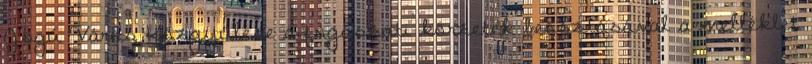
Jogú Város Közgyűlése a fogászati körzetek beosztásával a melléklet